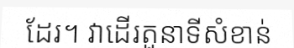
ដែរ។ វាដើរតួនាទីសំខាន់